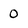
Character: 0